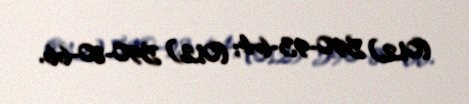
(012) 590-93-64; (012) 590-80-66.